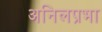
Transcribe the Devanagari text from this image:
अनिलप्रभा